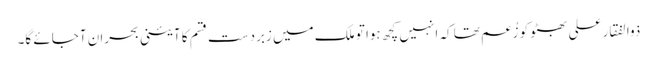
ذوالفقار علی بھٹو کو زُعم تھا کہ انہیں کچھ ہوا تو ملک میں زبردست قسم کا آئینی بحران آجائے گا۔